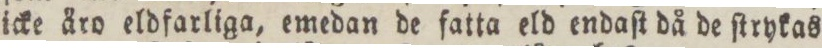
icke äro eldfarliga, emedan de fatta eld endaſt då de ſtrykas